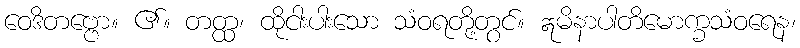
ဝေဒိတဗ္ဗော။ ၏။ တတ္ထ၊ ထိုငါးပါးသော သံဝရတို့တွင်။ ဣမိနာပါတိမောက္ခသံဝရေန၊